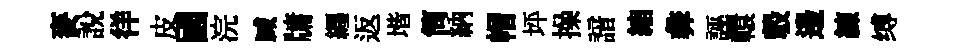
麥說徉皮國浣臧牗纒返堦筒納帽坪操諳縮彜誣轘彀邊練缚